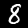
Digit: 8